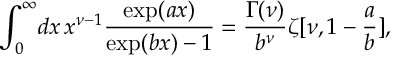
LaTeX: \int _ { 0 } ^ { \infty } \! d x \, x ^ { \nu - 1 } { \frac { \exp ( a x ) } { \exp ( b x ) - 1 } } = { \frac { \Gamma ( \nu ) } { b ^ { \nu } } } \zeta [ \nu , 1 - { \frac { a } { b } } ] ,